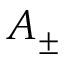
A _ { \pm }